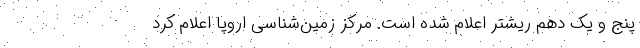
پنج و یک دهم ریشتر اعلام شده است. مرکز زمین‌شناسی اروپا اعلام کرد